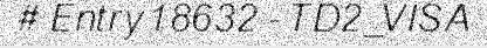
# Entry 18632 - TD2_VISA